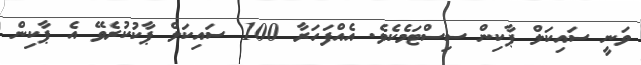
ވަނީ ސައިކަލް ޕާކިން ސިސްޓަމެކެވެ. އެއްފަހަރާ 100 ސައިކަލް ޕާކުކުރެވޭ އެ ޕާކިން